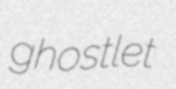
ghostlet